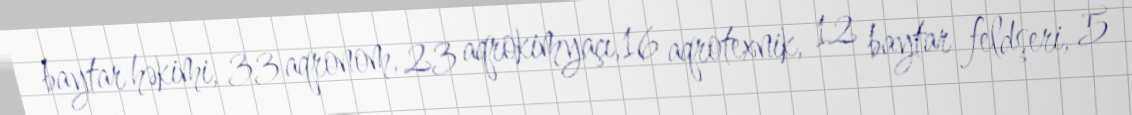
baytar həkimi, 33 aqronom, 23 aqrokimyaçı,16 aqrotexnik, 12 baytar feldşeri, 5